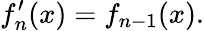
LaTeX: f_{n}^{\prime}(x)=f_{n-1}(x).